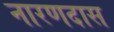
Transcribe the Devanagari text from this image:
नारणदास